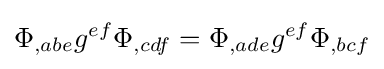
\Phi _{,abe}g^{ef}\Phi _{,cdf}=\Phi _{,ade}g^{ef}\Phi _{,bcf}